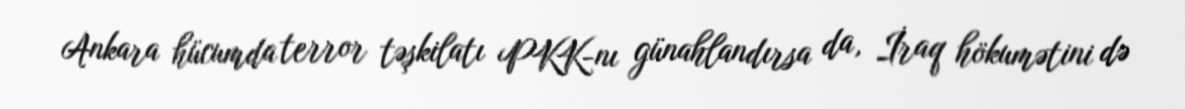
Ankara hücumda terror təşkilatı PKK-nı günahlandırsa da, İraq hökumətini də